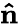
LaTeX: \mathbf{\hat{n}}\,